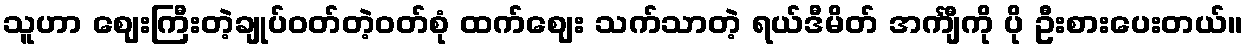
သူဟာ ဈေးကြီးတဲ့ချုပ်ဝတ်တဲ့ဝတ်စုံ ထက်ဈေး သက်သာတဲ့ ရယ်ဒီမိတ် အင်္ကျီကို ပို ဦးစားပေးတယ်။